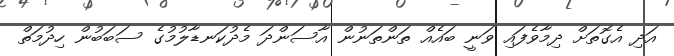
އަދި އެގޮތަށް ދިމާވެފައި ވަނީ ބައެއް ތަންތަނުން އާސަންދަ މެދުކަނޑާލުމުގެ ސަބަބުން ހިދުމަތް